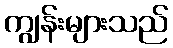
ကျွန်းများသည်